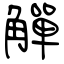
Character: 觶